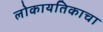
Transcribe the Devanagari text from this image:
लोकायतिकाचा